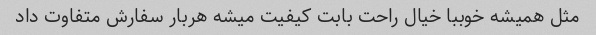
مثل همیشه خوببا خیال راحت بابت کیفیت میشه هربار سفارش متفاوت داد